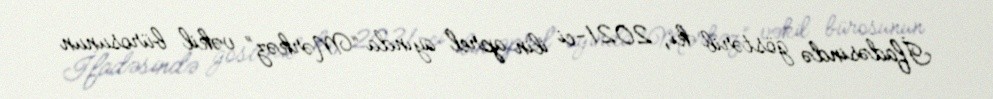
İfadəsində göstərib ki, 2021-ci ilin aprel ayında “Mərkəz” vəkil bürosunun